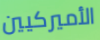
الأميركيين